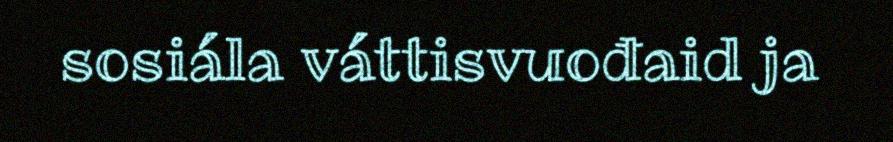
sosiála váttisvuođaid ja